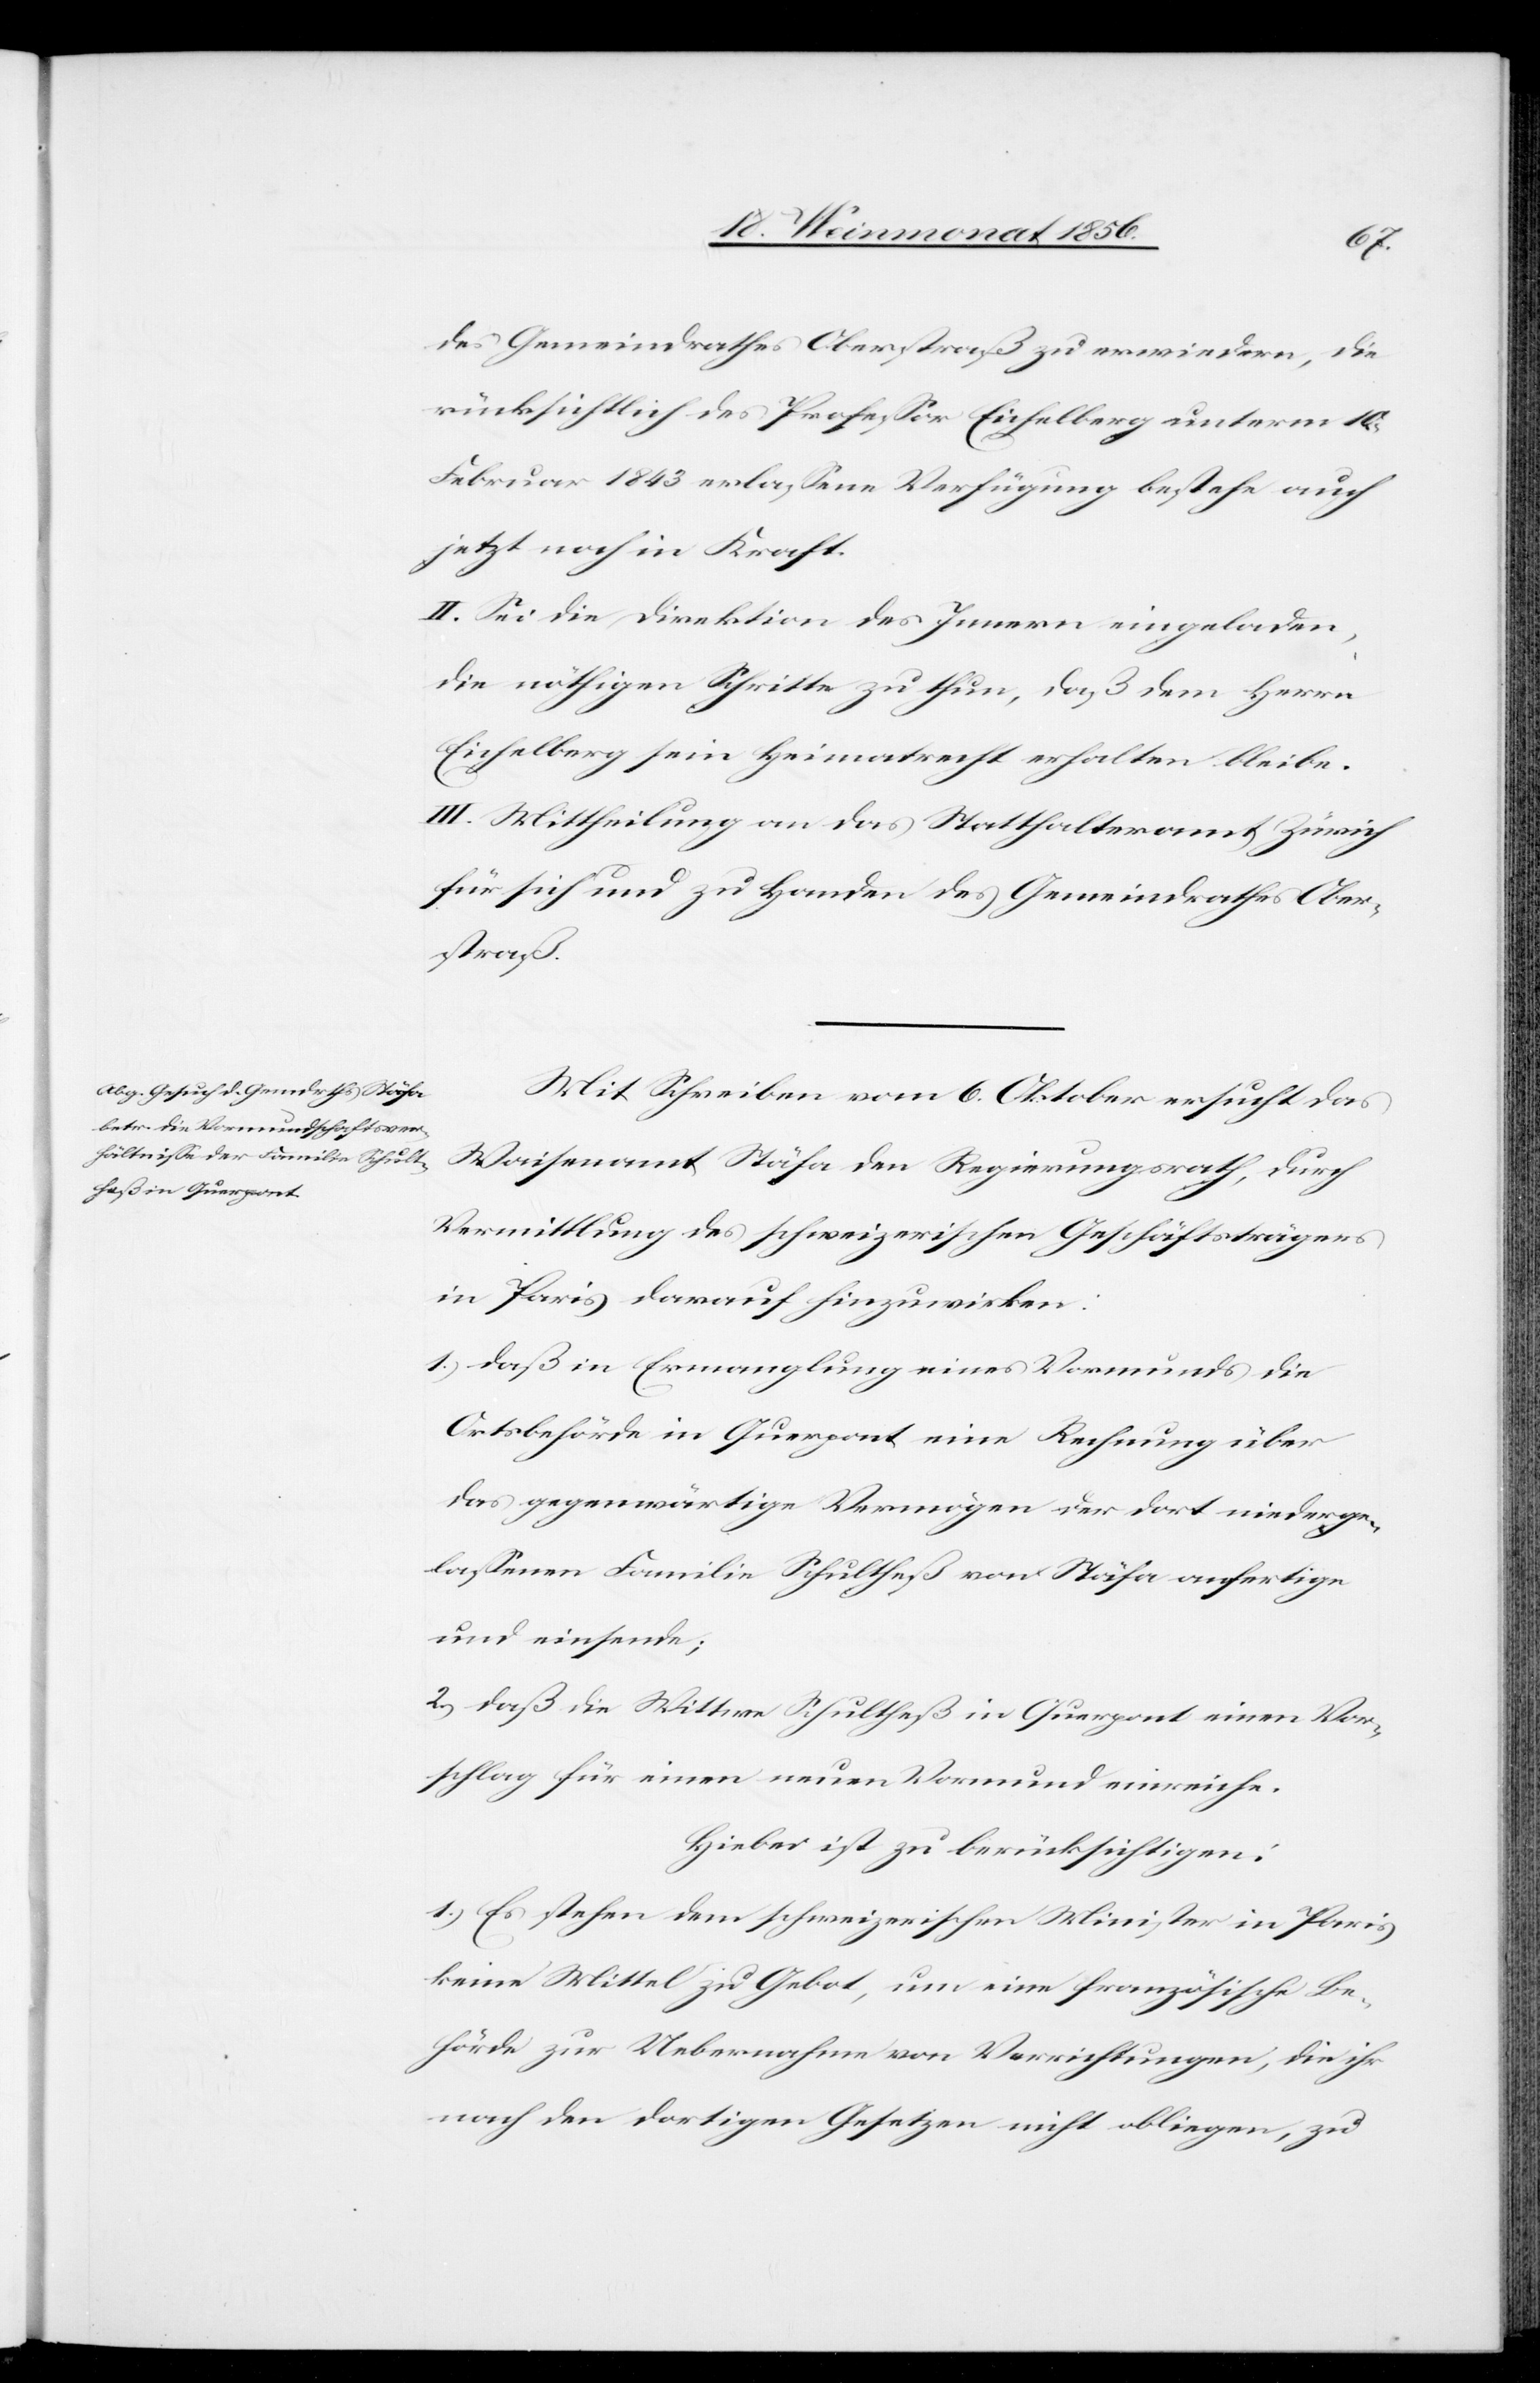
des Gemeindrathes Oberstraß zu erwiedern, die
rücksichtlich des Professor Eichelberg unterm 10.
Februar 1843 erlassene Verfügung bestehe auch
jetzt noch in Kraft.
II. Sei die Direktion des Innern eingeladen,
die nöthigen Schritte zu thun, daß dem Herrn
Eichelberg sein Heimatrecht erhalten bleibe.
III. Mittheilung an das Statthalteramt Zürich
für sich und zu Handen des Gemeindrathes Ober¬
straß.
Mit Schreiben vom 6. Oktober ersucht das
Waisenamt Stäfa den Regierungsrath, durch
Vermittlung des schweizerischen Geschäftsträgers
in Paris darauf hinzuwirken:
1.) daß in Ermanglung eines Vormunds die
Ortsbehörde in Querpont eine Rechnung über
das gegenwärtige Vermögen der dort niederge¬
lassenen Familie Schultheß von Stäfa anfertige
und einsende:
2.) Daß die Wittwe Schultheß in Querpont einen Vor¬
schlag für einen neuen Vormund einreiche.
Hiebei ist zu berücksichtigen:
1.) Es stehen dem schweizerischen Minister in Paris
keine Mittel zu Gebot, um eine französische Be¬
hörde zur Uebernahme von Verrichtungen, die ihr
nach den dortigen Gesetzen nicht obliegen, zu